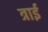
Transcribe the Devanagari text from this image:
त्राई